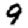
Digit: 9